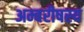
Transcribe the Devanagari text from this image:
अम्बरीषस्य